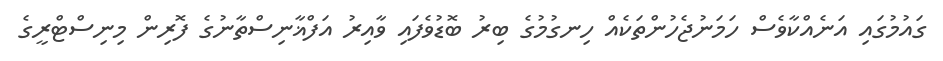
ގައުމުގައި އަނެއްކާވެސް ހަމަނުޖެހުންތަކެއް ހިނގުމުގެ ބިރު ބޮޑުވެފައި ވާއިރު އަފްޣާނިސްތާނުގެ ފޮރިން މިނިސްޓްރީގެ